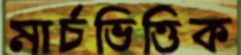
মার্চভিত্তিক